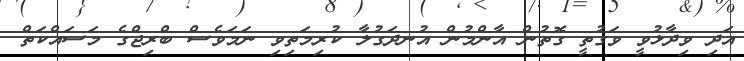
އަދި ވިދާޅުވީ ވަގުތީ ގޮތުން އާންމުން އުނދަގުލާ ކުރިމަތިވި ނަމަވެސް ބްރިޖްގެ މަސައްކަތް